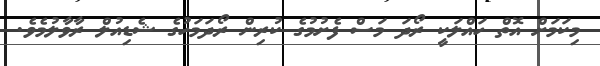
މިކަމަށް އޮތް ހައްލަކީ ރޯދަ މަސް ފެށުމުގެ ކުރިން ރޯދަމަހުގެ ޝެޑިއުލް ރާވާލުމެވެ.